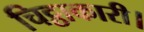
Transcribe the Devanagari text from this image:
चिट्ठाकारी।